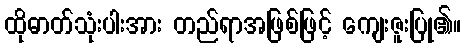
ထိုဓာတ်သုံးပါးအား တည်ရာအဖြစ်ဖြင့် ကျေးဇူးပြု၏။